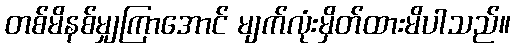
တစ်မိနစ်မျှကြာအောင် မျက်လုံးမှိတ်ထားမိပါသည်။